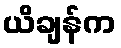
ယိချန်က